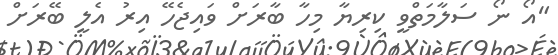
"އޯ ނޯ ސަލާމަތްވީ ކިރިޔާ މިހާ ބާރަށް ވައިޖެހޭ އިރު އެލީ ބޭރަށް